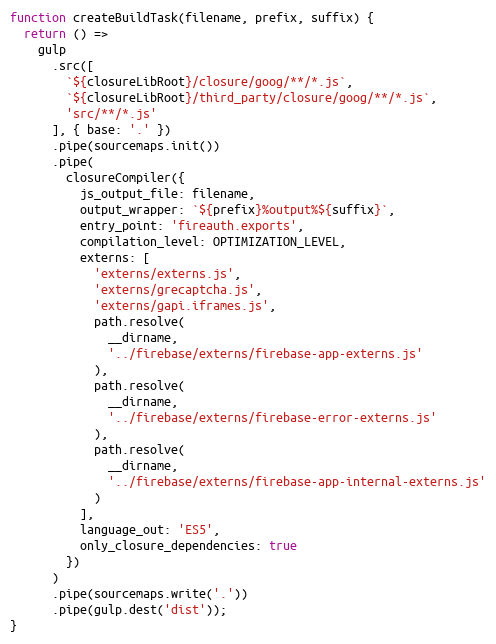
Language: JavaScript
function createBuildTask(filename, prefix, suffix) {
  return () =>
    gulp
      .src([
        `${closureLibRoot}/closure/goog/**/*.js`,
        `${closureLibRoot}/third_party/closure/goog/**/*.js`,
        'src/**/*.js'
      ], { base: '.' })
      .pipe(sourcemaps.init())
      .pipe(
        closureCompiler({
          js_output_file: filename,
          output_wrapper: `${prefix}%output%${suffix}`,
          entry_point: 'fireauth.exports',
          compilation_level: OPTIMIZATION_LEVEL,
          externs: [
            'externs/externs.js',
            'externs/grecaptcha.js',
            'externs/gapi.iframes.js',
            path.resolve(
              __dirname,
              '../firebase/externs/firebase-app-externs.js'
            ),
            path.resolve(
              __dirname,
              '../firebase/externs/firebase-error-externs.js'
            ),
            path.resolve(
              __dirname,
              '../firebase/externs/firebase-app-internal-externs.js'
            )
          ],
          language_out: 'ES5',
          only_closure_dependencies: true
        })
      )
      .pipe(sourcemaps.write('.'))
      .pipe(gulp.dest('dist'));
}